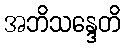
အဘိသန္ဒေတိ